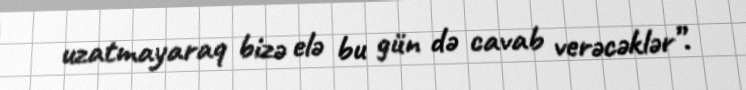
uzatmayaraq bizə elə bu gün də cavab verəcəklər”.